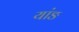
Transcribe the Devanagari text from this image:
यांङ